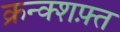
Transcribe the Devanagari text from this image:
क्रन्क्शफ़्त